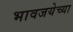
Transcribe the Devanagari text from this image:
भावजयेच्या